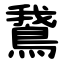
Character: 鵞